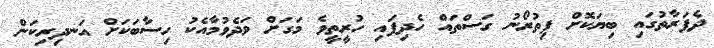
ދެފަރާތުގައި ބިޔަކޮށް ފިތުރޯނު ގަސްތައް ހެދިފައި ހުރީތީވެ މަގަށް ވަދެވުމާއެކު ހިސާބަކަށް އަނދިރިކަން